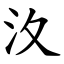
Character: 汷